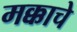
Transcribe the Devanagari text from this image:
मक्काचे